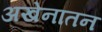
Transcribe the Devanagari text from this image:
अखेनातन